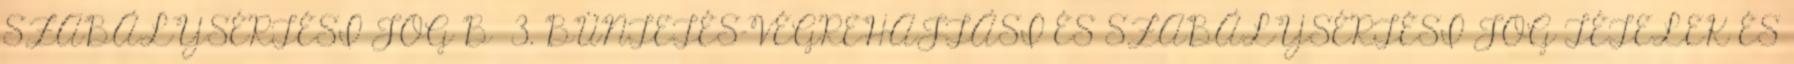
SZABÁLYSÉRTÉSI JOG B 3. BÜNTETÉS-VÉGREHAJTÁSI ÉS SZABÁLYSÉRTÉSI JOG TÉTELEK ÉS